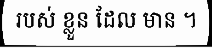
របស់ ខ្លួន ដែល មាន ។